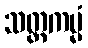
သတ္တကမ္မံ